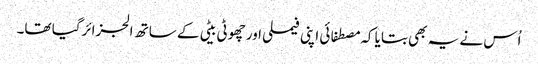
اُس نے یہ بھی بتایا کہ مصطفائی اپنی فیملی اور چھوٹی بیٹی کے ساتھ الجزائرگیا تھا۔